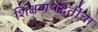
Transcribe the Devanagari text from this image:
शिक्षणपद्धतींचा